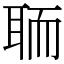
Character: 聏